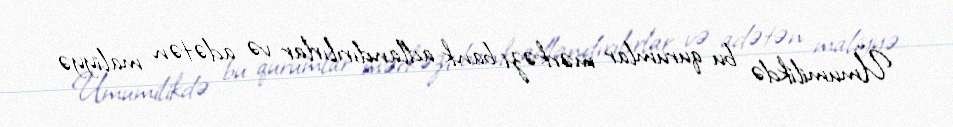
Ümumilikdə bu qurumlar mərkəzi bank adlandırılırlar və adətən maliyyə